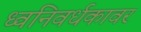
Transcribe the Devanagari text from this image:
ध्वनिवर्धकावर